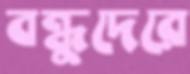
বন্ধুদেরে